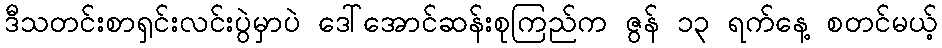
ဒီသတင်းစာရှင်းလင်းပွဲမှာပဲ ဒေါ်အောင်ဆန်းစုကြည်က ဇွန် ၁၃ ရက်နေ့ စတင်မယ့်